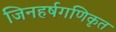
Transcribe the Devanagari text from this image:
जिनहर्षगणिकृत